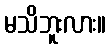
မသိဘူးလား။